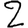
Digit: 2